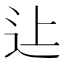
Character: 𨑗